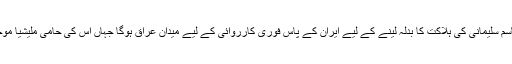
جنرل قاسم سلیمانی کی ہلاکت کا بدلہ لینے کے لیے ایران کے پاس فوری کارروائی کے لیے میدان عراق ہوگا جہاں اس کی حامی ملیشیا موجود ہے۔